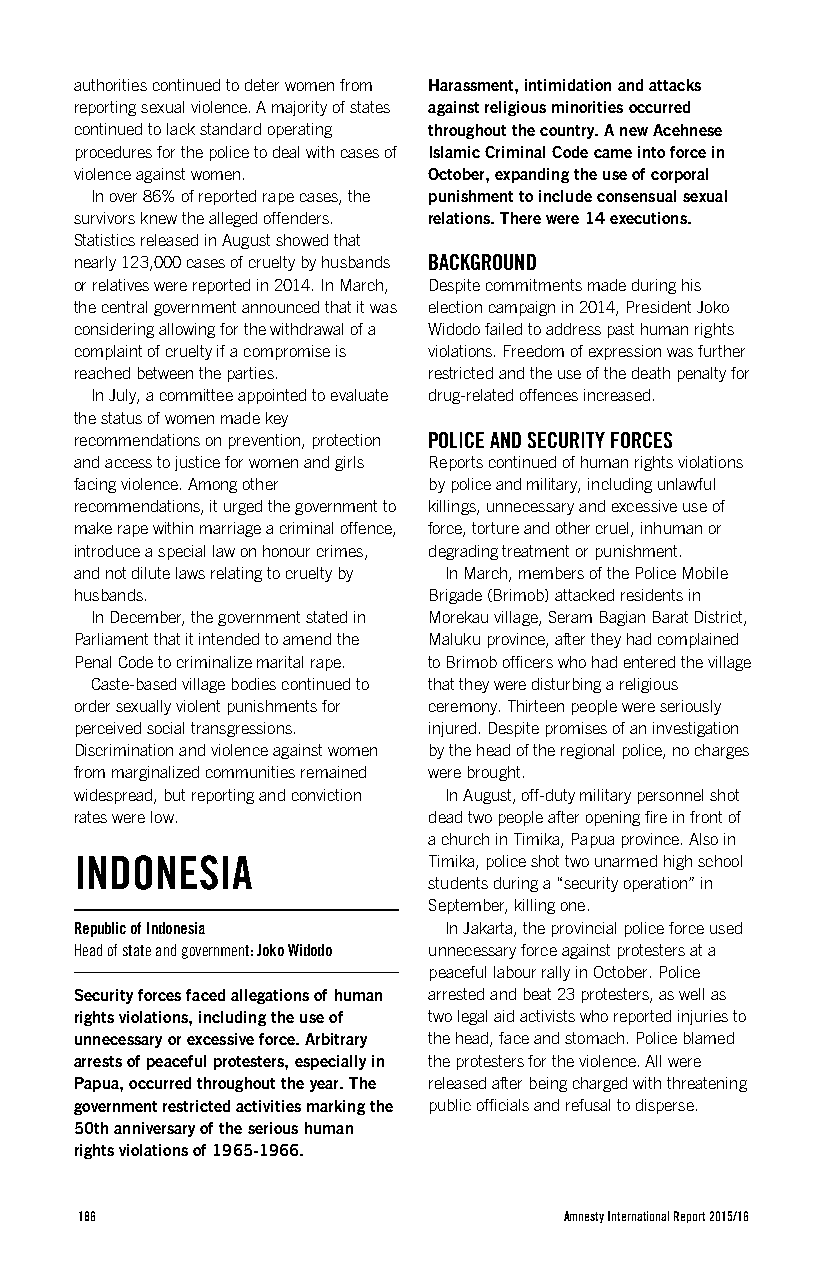
authorities continued to deter women from Harassment, intimidation and attacks
 reporting sexual violence. A majority of states against religious minorities occurred
 continued to lack standard operating throughout the country. A new Acehnese
 procedures for the police to deal with cases of Islamic Criminal Code came into force in
 violence against women. October, expanding the use of corporal
 In over 86% of reported rape cases, the punishment to include consensual sexual
 survivors knew the alleged offenders. relations. There were 14 executions.
 Statistics released in August showed that
 nearly 123,000 cases of cruelty by husbands BACKGROUND
 or relatives were reported in 2014. In March, Despite commitments made during his
 the central government announced that it was election campaign in 2014, President Joko
 considering allowing for the withdrawal of a Widodo failed to address past human rights
 complaint of cruelty if a compromise is violations. Freedom of expression was further
 reached between the parties. restricted and the use of the death penalty for
 In July, a committee appointed to evaluate drug-related offences increased.
 the status of women made key
 recommendations on prevention, protection POLICE AND SECURITY FORCES
 and access to justice for women and girls Reports continued of human rights violations
 facing violence. Among other by police and military, including unlawful
 recommendations, it urged the government to killings, unnecessary and excessive use of
 make rape within marriage a criminal offence, force, torture and other cruel, inhuman or
 introduce a special law on honour crimes, degrading treatment or punishment.
 and not dilute laws relating to cruelty by In March, members of the Police Mobile
 husbands.              Brigade (Brimob) attacked residents in
 In December, the government stated in Morekau village, Seram Bagian Barat District,
 Parliament that it intended to amend the Maluku province, after they had complained
 Penal Code to criminalize marital rape. to Brimob officers who had entered the village
 Caste-based village bodies continued to that they were disturbing a religious
 order sexually violent punishments for ceremony. Thirteen people were seriously
 perceived social transgressions. injured. Despite promises of an investigation
 Discrimination and violence against women by the head of the regional police, no charges
 from marginalized communities remained were brought.
 widespread, but reporting and conviction In August, off-duty military personnel shot
 rates were low.        dead two people after opening fire in front of
 a church in Timika, Papua province. Also in
 INDONESIA              Timika, police shot two unarmed high school
 students during a “security operation” in
 September, killing one.
 Republic of Indonesia   In Jakarta, the provincial police force used
 Head of state and government: Joko Widodo unnecessary force against protesters at a
 peaceful labour rally in October. Police
 Security forces faced allegations of human arrested and beat 23 protesters, as well as
 rights violations, including the use of two legal aid activists who reported injuries to
 unnecessary or excessive force. Arbitrary the head, face and stomach. Police blamed
 arrests of peaceful protesters, especially in the protesters for the violence. All were
 Papua, occurred throughout the year. The released after being charged with threatening
 government restricted activities marking the public officials and refusal to disperse.
 50th anniversary of the serious human
 rights violations of 1965-1966.
 186                             Amnesty International Report 2015/16